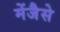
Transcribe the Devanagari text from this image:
मेंजैसे